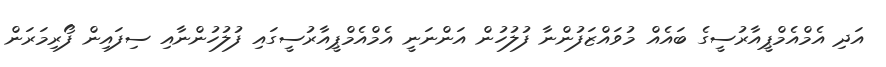
އަދި އެމްއެމްޕީއާރުސީގެ ބައެއް މުވައްޒަފުންނާ ފުލުހުން އަންނަނީ އެމްއެމްޕީއާރުސީގައި ފުލުހުންނާއި ސިފައިން ފޯރިމަރަން